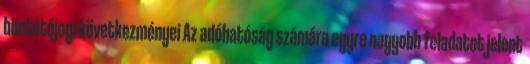
büntetőjogi következményei Az adóhatóság számára egyre nagyobb feladatot jelent